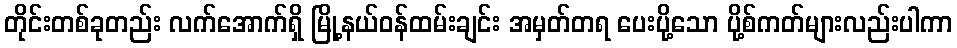
တိုင်းတစ်ခုတည်း လက်အောက်ရှိ မြို့နယ်ဝန်ထမ်းချင်း အမှတ်တရ ပေးပို့သော ပို့စ်ကတ်များလည်းပါကာ